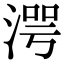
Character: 湂